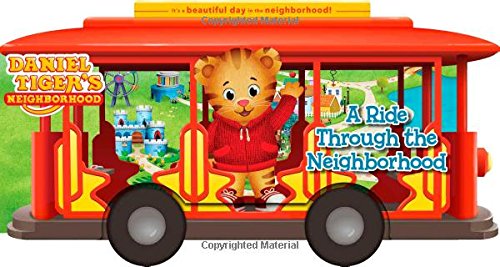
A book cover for A Ride Through the Neighborhood (Daniel Tiger's Neighborhood); Maggie Testa; Children's Books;